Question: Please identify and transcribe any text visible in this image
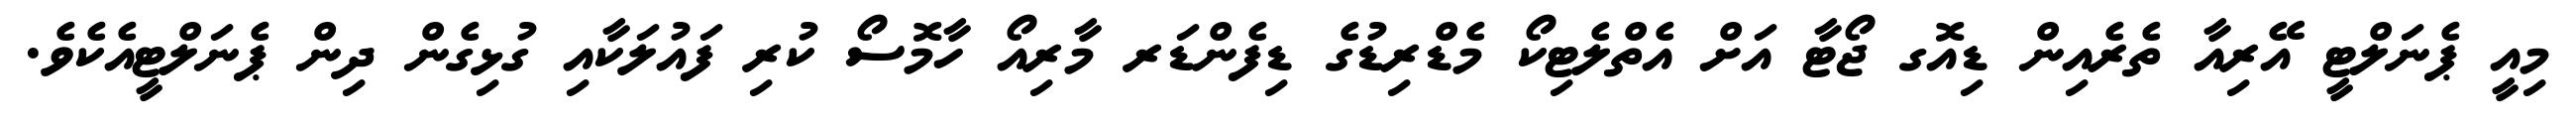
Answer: މިއީ ޕެނަލްޓީ އޭރިއާ ތެރެއިން ޑިއޮގ ޖޯޓާ އަށް އެތްލެޓިކޯ މެޑްރިޑުގެ ޑިފެންޑަރ މާރިއޯ ހާމޮސޯ ކުރި ފައުލަކާއި ގުޅިގެން ދިން ޕެނަލްޓީއެކެވެ.